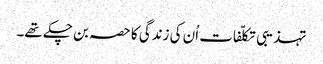
تہذیبی تکلّفات اُن کی زندگی کا حصہ بن چکے تھے۔